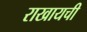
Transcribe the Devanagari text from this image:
राखायची